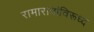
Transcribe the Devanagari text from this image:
रामारावांविरूध्द